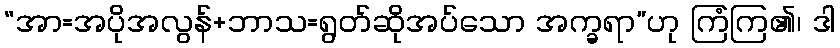
“အာ=အပိုအလွန်+ဘာသ=ရွတ်ဆိုအပ်သော အက္ခရာ”ဟု ကြံကြ၏၊ ဒါ